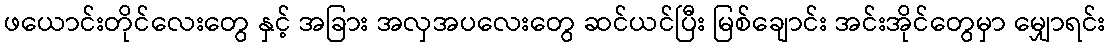
ဖယောင်းတိုင်လေးတွေ နှင့် အခြား အလှအပလေးတွေ ဆင်ယင်ပြီး မြစ်ချောင်း အင်းအိုင်တွေမှာ မျှောရင်း